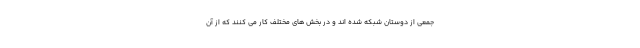
جمعی از دوستان شبکه شده اند و در بخش های مختلف کار می کنند که از آن